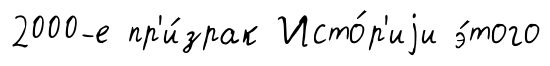
2000-е пр'и́зрак Исто́р'иjи э́того